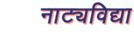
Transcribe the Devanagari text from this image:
नाट्यविद्या